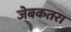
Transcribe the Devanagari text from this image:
जेबकतरा